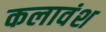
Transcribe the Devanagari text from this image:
कलावंश